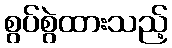
စွပ်စွဲထားသည့်